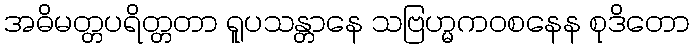
အဓိမတ္တပရိတ္တတာ ရူပသန္တာနေ သဗြဟ္မကဝစနေန စုဒိတော